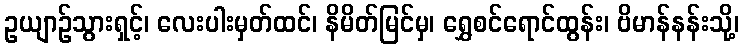
ဥယျာဉ်သွားရှင့်၊ လေးပါးမှတ်ထင်၊ နိမိတ်မြင်မှ၊ ရွှေစင်ရောင်ထွန်း၊ ဗိမာန်နန်းသို့၊